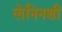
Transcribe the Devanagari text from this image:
लेनिनशी